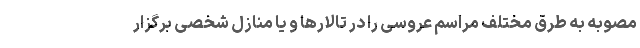
مصوبه به طرق مختلف مراسم عروسی را در تالارها و یا منازل شخصی برگزار